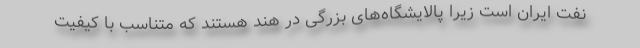
نفت ایران است زیرا پالایشگاه‌های بزرگی در هند هستند که متناسب با کیفیت